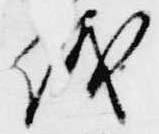
儀